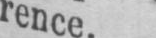
rence.